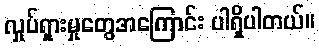
လှုပ်ရှားမှုတွေအကြောင်း ပါရှိပါတယ်။